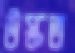
উস্‌কত